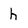
Character: h